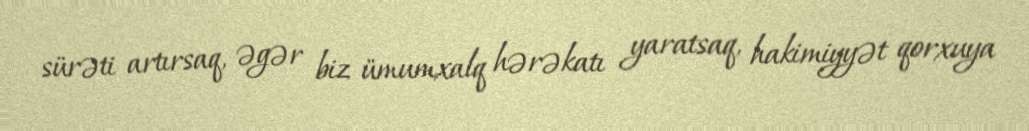
sürəti artırsaq, əgər biz ümumxalq hərəkatı yaratsaq, hakimiyyət qorxuya